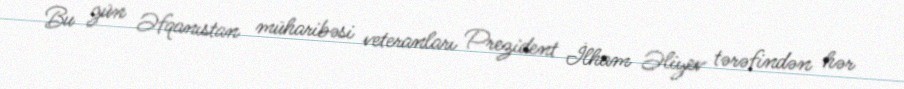
Bu gün Əfqanıstan müharibəsi veteranları Prezident İlham Əliyev tərəfindən hər